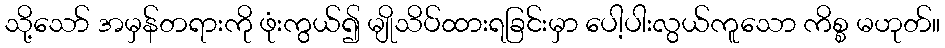
သို့သော် အမှန်တရားကို ဖုံးကွယ်၍ မျိုသိပ်ထားရခြင်းမှာ ပေါ့ပါးလွယ်ကူသော ကိစ္စ မဟုတ်။